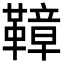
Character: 𩌬